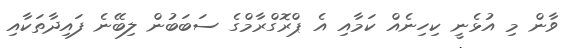
ވާން މި އުޅެނީ ކިހިނެއް ކަމާއި އެ ޕްރޮގްރާމްގެ ސަބަބުން ލިބޭނެ ފައިދާތަކާއި